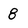
Character: 8